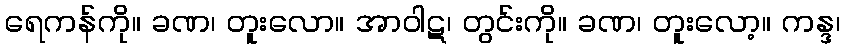
ရေကန်ကို။ ခဏ၊ တူးလော။ အာဝါဋ၊ တွင်းကို။ ခဏ၊ တူးလော့။ ကန္ဒ၊